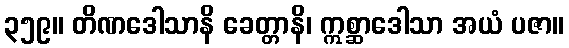
၃၅၉။ တိဏဒေါသာနိ ခေတ္တာနိ၊ ဣစ္ဆာဒေါသာ အယံ ပဇာ။